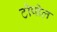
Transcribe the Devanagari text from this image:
टोपोल